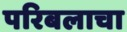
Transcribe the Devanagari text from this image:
परिबलाचा